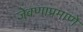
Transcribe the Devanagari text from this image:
जेवणाप्रमाणे